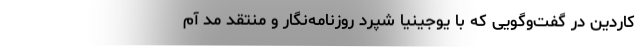
کاردین در گفت‌وگویی که با یوجینیا شپرد روزنامه‌نگار و منتقد مد آم